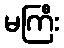
မကြီး